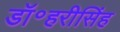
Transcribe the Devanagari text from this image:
डॉ॰हरीसिंह